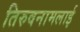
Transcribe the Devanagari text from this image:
तिरुवनामलाई